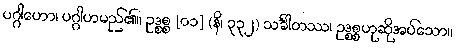
ပဂ္ဂါဟော၊ ပဂ္ဂါဟမည်၏။ ဥဒ္စစ္စ [၀၁] (နိ၊ ၃၃၂) သင်္ခါတဿ၊ ဥဒ္စစ္စဟုဆိုအပ်သော။